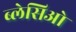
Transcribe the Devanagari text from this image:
ब्लेसिओ